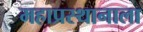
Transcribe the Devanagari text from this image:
महाप्रस्थानाला